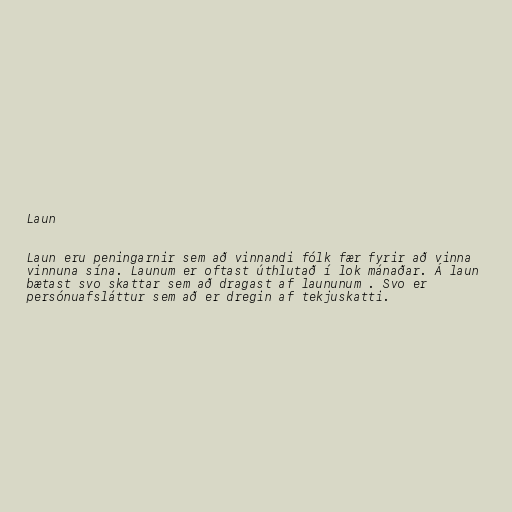
Laun

Laun eru peningarnir sem að vinnandi fólk fær fyrir að vinna
vinnuna sína. Launum er oftast úthlutað í lok mánaðar. Á laun
bætast svo skattar sem að dragast af laununum . Svo er
persónuafsláttur sem að er dregin af tekjuskatti.